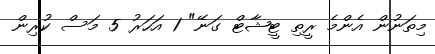
މިތަނުން އެންމެ ރީތި ޓީޝާޓް ގަނޭ" 1 އަހަރު 5 މަސް ކުރިން